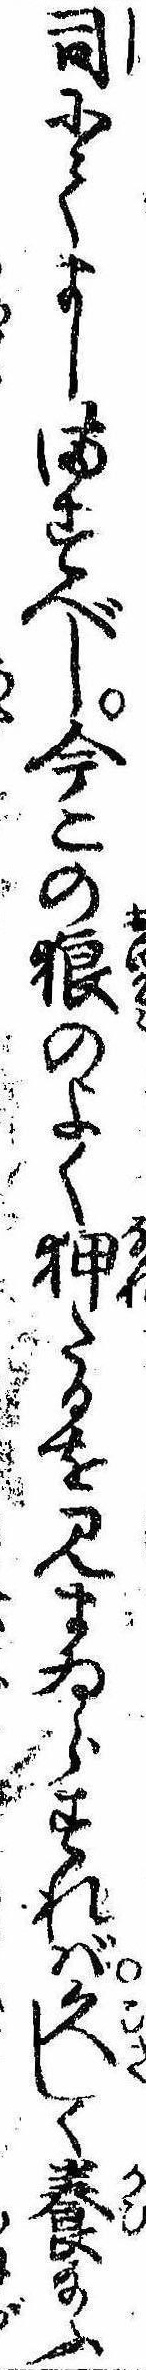
司にてましますべし今この狼のよく狎たるを見まゐらすれば久しく養給ふ